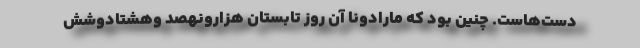
دست‌هاست. چنین بود که مارادونا آن روز تابستان هزارونهصد وهشتادوشش